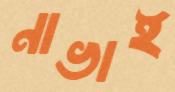
নাভাই